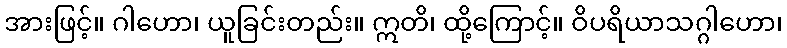
အားဖြင့်။ ဂါဟော၊ ယူခြင်းတည်း။ ဣတိ၊ ထို့ကြောင့်။ ဝိပရိယာသဂ္ဂါဟော၊